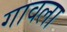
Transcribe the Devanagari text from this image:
गावला